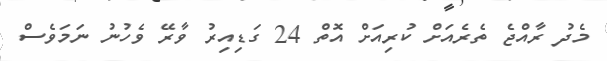
މެދު ރާއްޖެ ތެރެއަށް ކުރިއަށް އޮތް 24 ގަޑިއިރު ވާރޭ ވެހުނު ނަމަވެސް